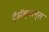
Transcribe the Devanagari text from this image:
ट्रँझॅक्शन्स